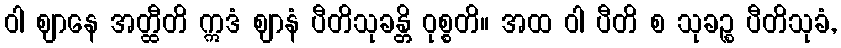
ဝါ ဈာနေ အတ္ထီတိ ဣဒံ ဈာနံ ပီတိသုခန္တိ ဝုစ္စတိ။ အထ ဝါ ပီတိ စ သုခဉ္စ ပီတိသုခံ,